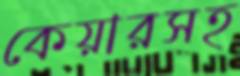
কেয়ারসহ